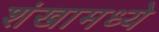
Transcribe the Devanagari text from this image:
शंखामध्ये